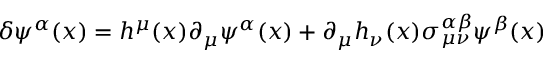
\delta \psi ^ { \alpha } ( x ) = h ^ { \mu } ( x ) \partial _ { \mu } \psi ^ { \alpha } ( x ) + \partial _ { \mu } h _ { \nu } ( x ) \sigma _ { \mu \nu } ^ { \alpha \beta } \psi ^ { \beta } ( x )